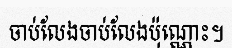
ចាប់លែងចាប់លែងប៉ុណ្ណោះ។